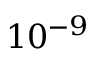
1 0 ^ { - 9 }